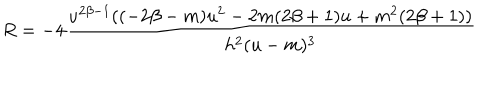
R = - 4 \frac { u ^ { 2 \beta - 1 } ( ( - 2 \beta - m ) u ^ { 2 } - 2 m ( 2 \beta + 1 ) u + m ^ { 2 } ( 2 \beta + 1 ) ) } { h ^ { 2 } ( u - m ) ^ { 3 } }